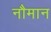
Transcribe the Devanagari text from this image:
नौमान